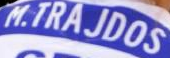
M.TRAJDOS